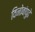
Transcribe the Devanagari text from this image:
विनोबांपुढे